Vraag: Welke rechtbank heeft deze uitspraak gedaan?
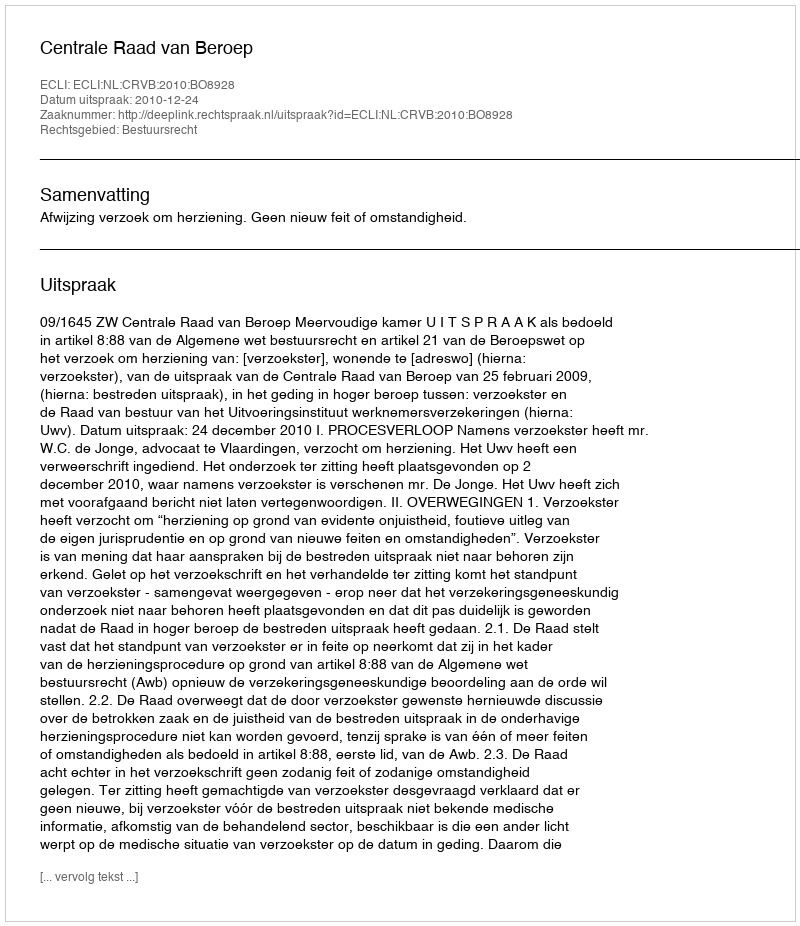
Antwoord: Centrale Raad van Beroep